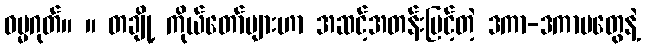
ဓမ္မဂုတ်။ ။ တချို့ ကိုယ်တော်များဟာ အဆင့်အတန်းမြင့်တဲ့ ဒကာ-ဒကာမတွေနဲ့